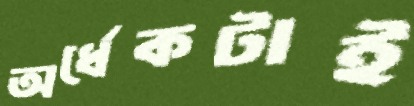
অর্ধেকটাই